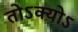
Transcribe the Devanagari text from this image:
तोऽक्योऽ